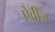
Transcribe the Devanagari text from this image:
ऐवीज़